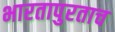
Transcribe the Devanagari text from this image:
भारतापुरताच